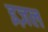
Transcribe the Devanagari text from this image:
इज़ल